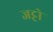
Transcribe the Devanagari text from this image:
जट्टो